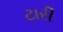
ટારી